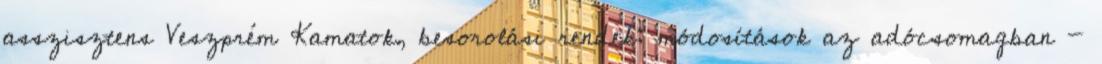
asszisztens Veszprém Kamatok, besorolási rendek: módosítások az adócsomagban -